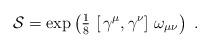
LaTeX: \begin{align*}\mathcal{S} = \exp \left( \mbox{$\frac{1}{8}$} \, \left[ \, \gamma^{\mu} , \gamma^{\nu} \right] \,\omega_{\mu \nu} \right)~.\end{align*}